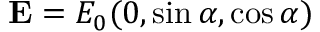
\mathbf { E } = E _ { 0 } ( 0 , \sin \alpha , \cos \alpha )